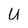
Character: U